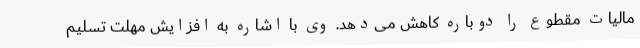
مالیات مقطوع را دوباره کاهش می‌دهد. وی با اشاره به افزایش مهلت تسلیم